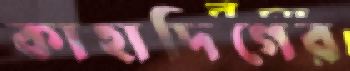
কাহাদিগের